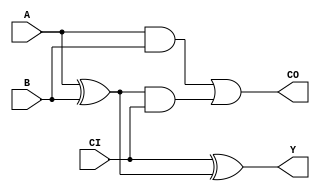
`timescale 1ns / 1ps


module singlebitfulladder(A,B,CI,CO,Y);
    input A, B, CI;
    output CO, Y;
    wire w1, w2, w3;
    
    xor G1 ( w1, A, B);
    and G2 ( w2, A, B);
    and G3 ( w3, w1, CI);
    xor G4 ( Y, CI, w1);
    or G5 ( CO, w2, w3);
    
endmodule